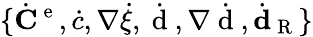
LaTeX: \{ \dot{{\mathbf C}}^{\mathrm{~e~}},\dot{c},\nabla\dot{\xi},\dot{\mathrm{~d~}},\nabla\dot{\mathrm{~d~}},\dot{\textbf{d}}_{\mathrm{~R~}}\}